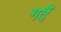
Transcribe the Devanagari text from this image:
गर्दै